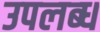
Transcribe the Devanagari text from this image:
उपल्‍ाब्‍ध